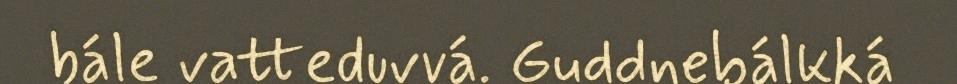
bále vatteduvvá. Guddnebálkká